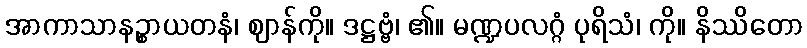
အာကာသာနဉ္စာယတနံ၊ ဈာန်ကို။ ဒဋ္ဌဗ္ဗံ၊ ၏။ မဏ္ဍပလဂ္ဂံ ပုရိသံ၊ ကို။ နိဿိတော